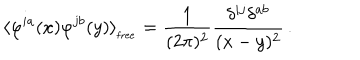
\langle \varphi ^ { i a } ( x ) \varphi ^ { j b } ( y ) \rangle _ { _ { \mathrm { f r e e } } } = \frac { 1 } { ( 2 \pi ) ^ { 2 } } \frac { \delta ^ { i j } \delta ^ { a b } } { ( x - y ) ^ { 2 } } \, .